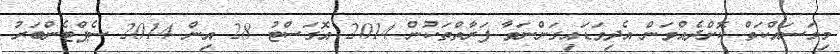
މިމަސައްކަތް ކޮށްދެއްވަން އެދިވަޑައިގަންނަވާ ފަރާތްތަކުން 2014 އޮގަސްޓު 28 އިން 2014 ސެޕްޓެންބަރު